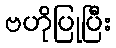
ဗဟိုပြုပြီး